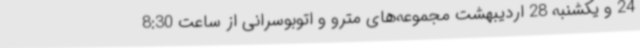
24 و یکشنبه 28 اردیبهشت مجموعه‌های مترو و اتوبوسرانی از ساعت 8:30